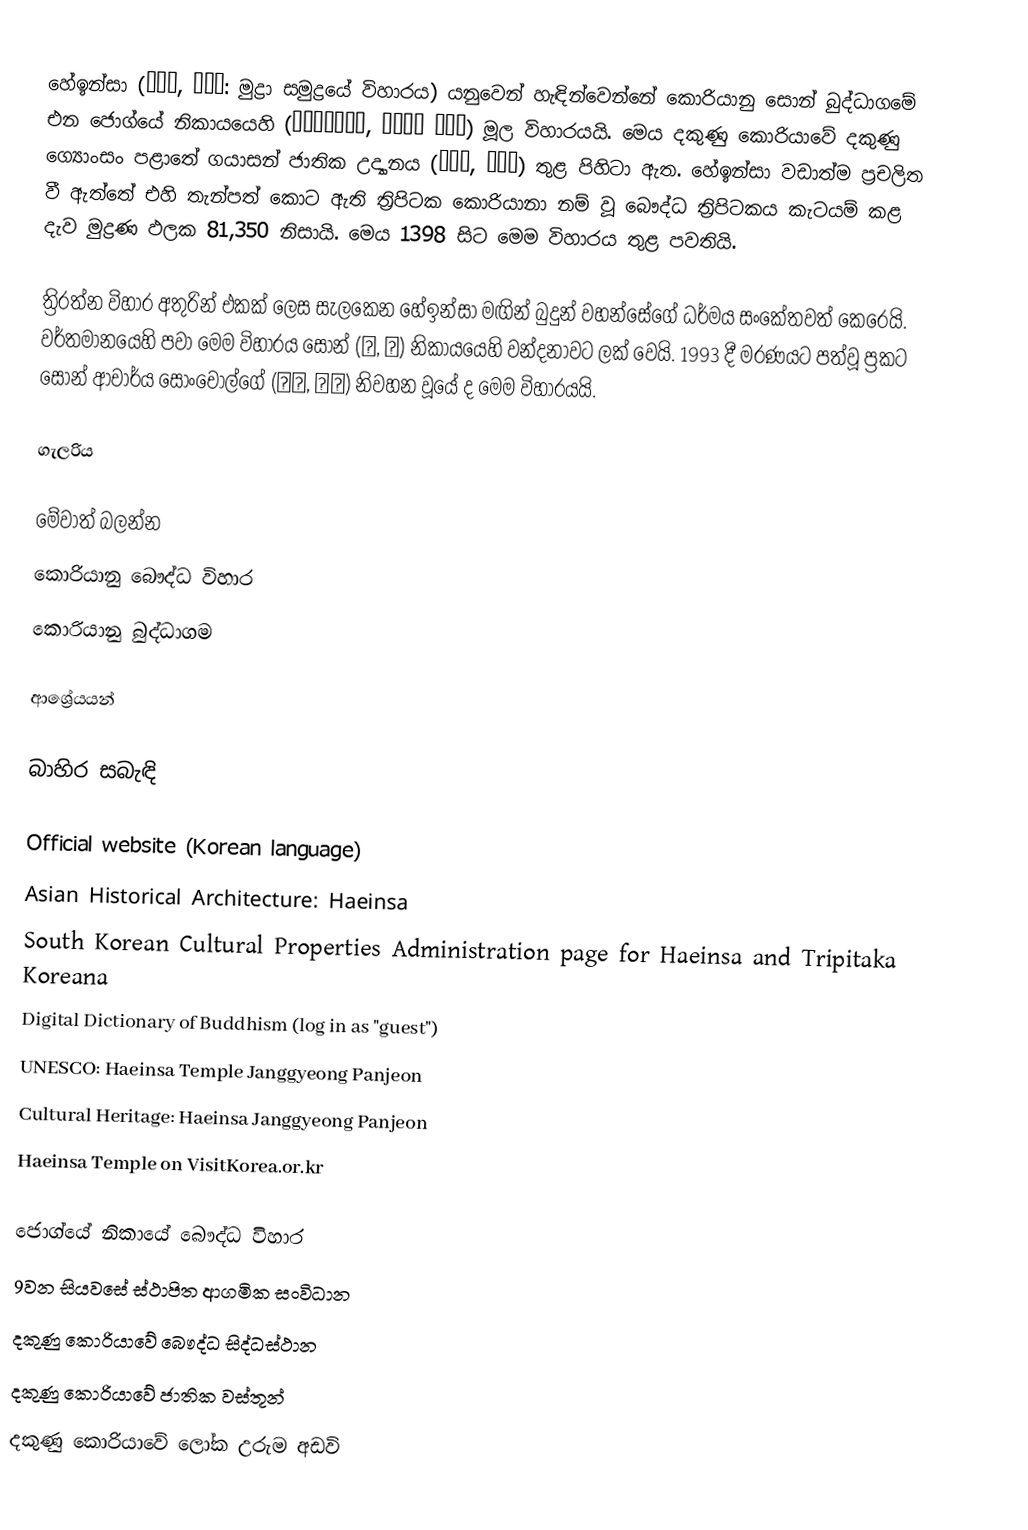
හේඉන්සා (해인사, 海印寺: මුද්‍රා සමුද්‍රයේ විහාරය) යනුවෙන් හැඳින්වෙන්නේ කොරියානු සොන් බුද්ධාගමේ එන ජොග්යේ නිකායයෙහි (대한불교조계종, 大韓佛敎 曹溪宗) මූල විහාරයයි. මෙය දකුණු කොරියාවේ දකුණු ග්‍යොංසං පළාතේ ගයාසන් ජාතික උද්‍යානය (가야산, 伽倻山) තුළ පිහිටා ඇත. හේඉන්සා වඩාත්ම ප්‍රචලිත වී ඇත්තේ එහි තැන්පත් කොට ඇති ත්‍රිපිටක කොරියානා නම් වූ බෞද්ධ ත්‍රිපිටකය කැටයම් කළ දැව මුද්‍රණ ඵලක 81,350 නිසායි. මෙය 1398 සිට මෙම විහාරය තුළ පවතියි.

ත්‍රිරත්න විහාර අතුරින් එකක් ලෙස සැලකෙන හේඉන්සා මඟින් බුදුන් වහන්සේගේ ධර්මය සංකේතවත් කෙරෙයි. වර්තමානයෙහි පවා මෙම විහාරය සොන් (선, 禪) නිකායයෙහි වන්දනාවට ලක් වෙයි. 1993 දී මරණයට පත්වූ ප්‍රකට සොන් ආචාර්ය සොංචොල්ගේ (성철, 性徹) නිවහන වූයේ ද මෙම විහාරයයි.

ගැලරිය

මේවාත් බලන්න
 කොරියානු බෞද්ධ විහාර
 කොරියානු බුද්ධාගම

ආශ්‍රේයයන්

බාහිර සබැඳි

Official website (Korean language)
Asian Historical Architecture: Haeinsa
South Korean Cultural Properties Administration page for Haeinsa and Tripitaka Koreana
Digital Dictionary of Buddhism (log in as "guest")
UNESCO: Haeinsa Temple Janggyeong Panjeon
Cultural Heritage: Haeinsa Janggyeong Panjeon
Haeinsa Temple on VisitKorea.or.kr

ජොග්යේ නිකායේ බෞද්ධ විහාර
9වන සියවසේ ස්ථාපිත ආගමික සංවිධාන
දකුණු කොරියාවේ බෞද්ධ සිද්ධස්ථාන
දකුණු කොරියාවේ ජාතික වස්තූන්
දකුණු කොරියාවේ ලෝක උරුම අඩවි